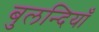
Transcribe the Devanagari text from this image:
बुलन्दियाँ